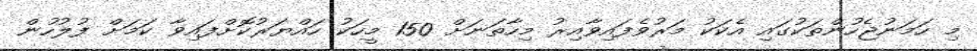
މި ހަމަނުޖެހުންތަކުގައި އެކަކު މަރުވެފައިވާއިރު މިހާތަނަށް 150 މީހަކު ހައްޔަރުކޮށްފައިވާ ކަމަށް ފުލުހުން